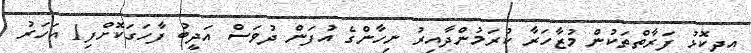
އިދިކޮޅު ފަރާތްތަކުން މުޒާހަރާ ކުރަމުންދާއިރު ނިހާންގެ އުފަން ދުވަސް އަދީބު ފާހަގަކޮށްފި1 އަހަރު